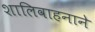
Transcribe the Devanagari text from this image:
शालिवाहनाने